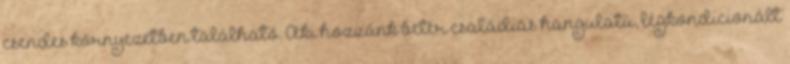
csendes környezetben található. Aki hozzánk betér családias hangulatú, légkondicionált